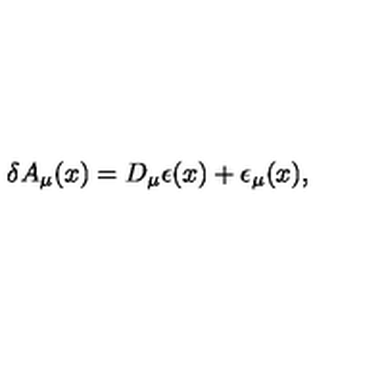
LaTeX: \delta A _ { \mu } ( x ) = D _ { \mu } \epsilon ( x ) + \epsilon _ { \mu } ( x ) ,